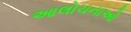
આલોચનાઓ